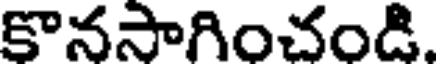
కొనసాగించండి.